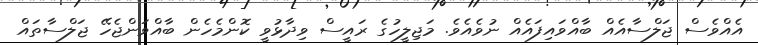
އެއްވެސް ޖަލްސާއެއް ބާއްވައިފައެއް ނުވެއެވެ. މަޖިލީހުގެ ރައީސް ވިދާޅުވީ ކޮންމެހެން ބާއްވަންޖެހޭ ޖަލްސާތައް